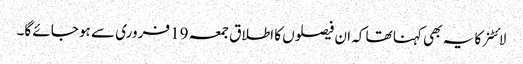
لائٹنر کا یہ بھی کہنا تھا کہ ان فیصلوں کا اطلاق جمعہ 19 فروری سے ہو جائے گا۔